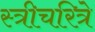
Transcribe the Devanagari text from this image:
स्त्रीचरित्रे